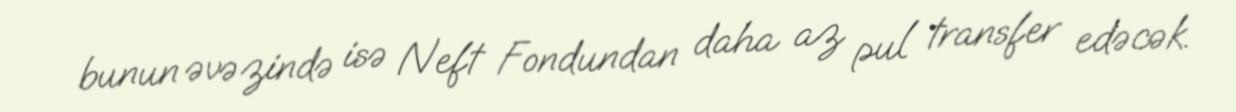
bunun əvəzində isə Neft Fondundan daha az pul transfer edəcək.